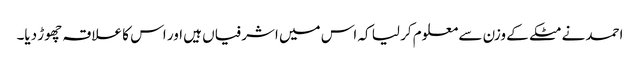
احمد نے مٹکے کے وزن سے معلوم کر لیا کہ اس میں اشرفیاں ہیں اور اس کا علاقہ چھوڑ دیا۔